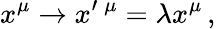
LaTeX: x^{\mu}\rightarrow x^{\prime}\, ^{\mu}=\lambda x^{\mu}\, ,